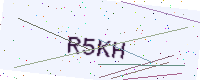
Text: R5KH